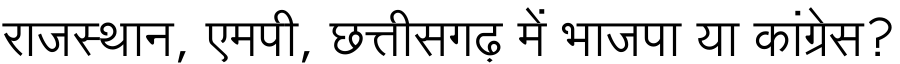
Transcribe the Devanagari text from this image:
राजस्थान, एमपी, छत्तीसगढ़ में भाजपा या कांग्रेस?